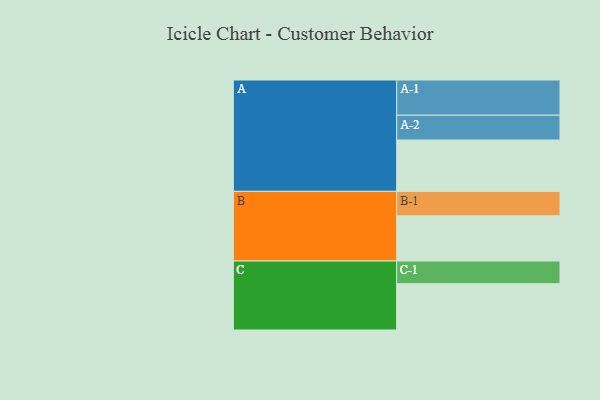
{"axis": {"x": "Segment", "y": "Value"}, "legend": ["", "A", "B", "C"], "data": [{"x": "A", "y": 416, "type": ""}, {"x": "B", "y": 366, "type": ""}, {"x": "C", "y": 375, "type": ""}, {"x": "A-1", "y": 285, "type": "A"}, {"x": "A-2", "y": 201, "type": "A"}, {"x": "B-1", "y": 198, "type": "B"}, {"x": "C-1", "y": 184, "type": "C"}]}